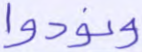
ونودوا